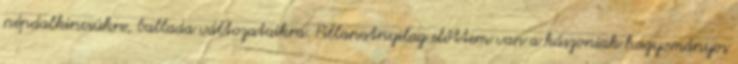
népdalkincsükre, ballada változataikra. Pillanatnyilag előttem van a kászoniak hagyományos